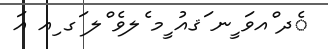
ެދ ްއވަ ީނ ަޤއު ީމ ެލވެ ްލ ަގ ިއ އަ